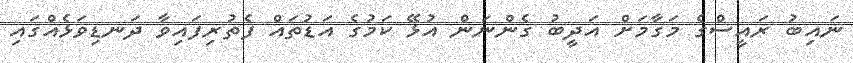
ނައިބު ރައީސްގެ މަގާމަށް އަދީބު ގެންނަން އުޅޭ ކަމުގެ އަޑުތައް ފެތުރިފައިވާ ދަނޑިވަޅެއްގައި